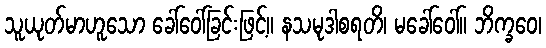
သူယုတ်မာဟူသော ခေါ်ဝေါ်ခြင်းဖြင့်။ နသမုဒါစရတိ၊ မခေါ်ဝေါ်။ ဘိက္ခဝေ၊